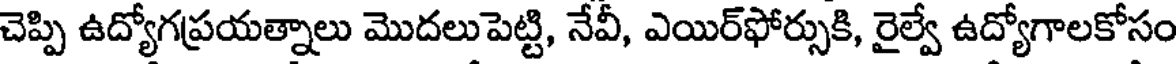
చెప్పి ఉద్యోగప్రయత్నాలు మొదలుపెట్టి, నేవీ, ఎయిర్ఫోర్సుకి, రైల్వే ఉద్యోగాలకోసం